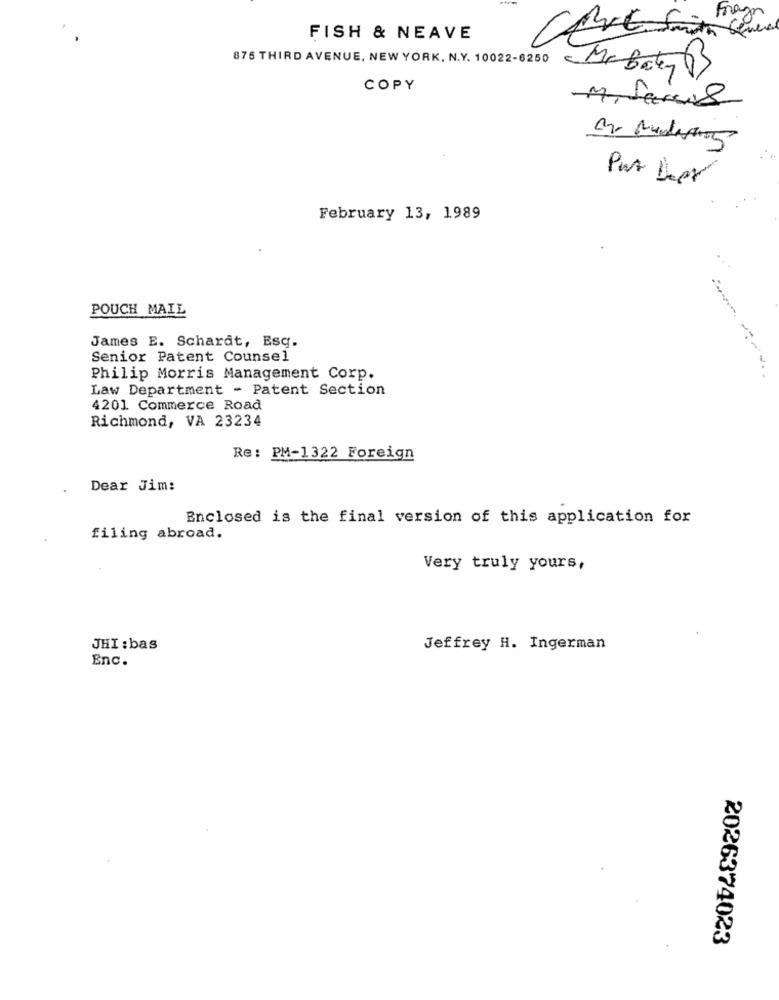
Fragen
FISH & NEAVE
875 THIRD AVENUE, NEW YORK, N.Y. 10022-6250
COPY
Miami8
February 13, 1989
POUCH MAIL
James E. Schardt, Esq.
Senior Patent Counsel
Philip Morris Management Corp.
-------
Law Department - Patent Section
4201 Commerce Road
Richmond, VA 23234
Re: PM-1322 Foreign
Dear Jim:
Enclosed is the final version of this application for
filing abroad.
Very truly yours,
JHI:bas
Jeffrey H. Ingerman
Enc.
2026374023